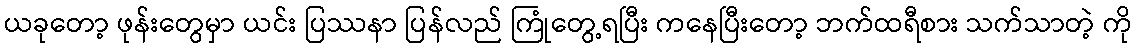
ယခုတော့ ဖုန်းတွေမှာ ယင်း ပြဿနာ ပြန်လည် ကြုံတွေ့ရပြီး ကနေပြီးတော့ ဘက်ထရီစား သက်သာတဲ့ ကို